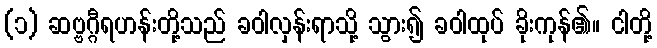
(၁) ဆဗ္ဗဂ္ဂီရဟန်းတို့သည် ခဝါလှန်းရာသို့ သွား၍ ခဝါထုပ် ခိုးကုန်၏။ ငါတို့